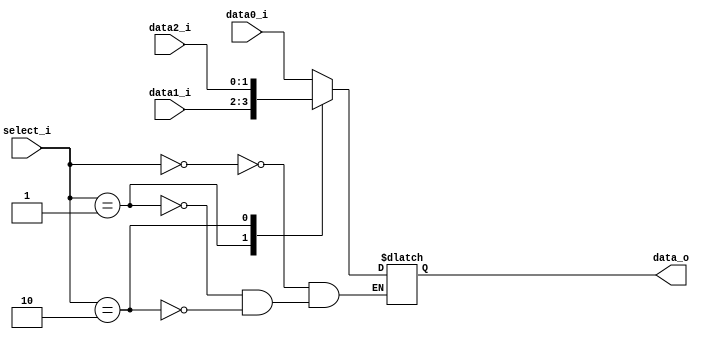
//Subject:     CO project 2 - MUX 221
//--------------------------------------------------------------------------------
//Version:     1
//--------------------------------------------------------------------------------
//Writer:      
//----------------------------------------------
//Date:        
//----------------------------------------------
//Description: 
//--------------------------------------------------------------------------------
     
module MUX_3to1(
               data0_i,
               data1_i,
			   data2_i,
               select_i,
               data_o
               );

parameter size = 0;			   
			
//I/O ports               
input   [size-1:0] data0_i;          
input   [size-1:0] data1_i;
input   [size-1:0] data2_i;
input      [1:0]        select_i;
output  [size-1:0] data_o; 

//Internal Signals
reg     [size-1:0] data_o;

//Main function
always@(*)
 case (select_i)
	0:	data_o<=data0_i;
	
	1:	data_o<=data1_i;
	
	2:	data_o<=data2_i;

endcase
endmodule